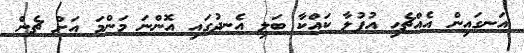
އަނގައިން އެއްޗެހި އުފުލާ ކައްކާ ބަލި އެނދުގައި އޮންނަ މަންމަ އަށް ޗެން